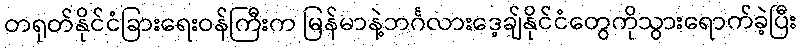
တရုတ်နိုင်ငံခြားရေးဝန်ကြီးက မြန်မာနဲ့ဘင်္ဂလားဒေ့ချ်နိုင်ငံတွေကိုသွားရောက်ခဲ့ပြီး